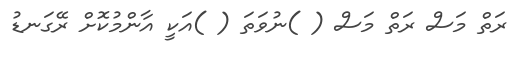
ރަތް މަސް ރަތް މަސް ( )ނުވަތަ ( )އަކީ އާންމުކޮށް ރޭގަނޑު